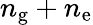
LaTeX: n_{\mathrm{g}}+n_{\mathrm{e}}